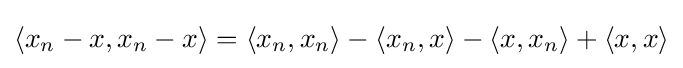
\langle x_{n}-x,x_{n}-x\rangle =\langle x_{n},x_{n}\rangle -\langle x_{n},x\rangle -\langle x,x_{n}\rangle +\langle x,x\rangle